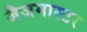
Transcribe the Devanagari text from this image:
जैज़मास्टर